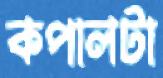
কপালটা